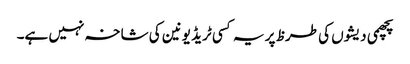
پچھمی دیشوں کی طرظ پر یہ کسی ٹریڈ یونین کی شاخہ نہیں ہے۔